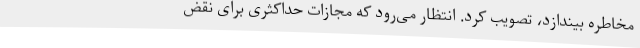
مخاطره بیندازد، تصویب کرد. انتظار می‌رود که مجازات حداکثری برای نقض